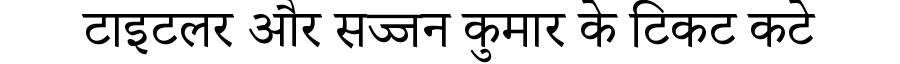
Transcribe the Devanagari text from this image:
टाइटलर और सज्जन कुमार के टिकट कटे